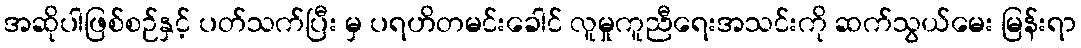
အဆိုပါဖြစ်စဉ်နှင့် ပတ်သက်ပြီး မှ ပရဟိတမင်းခေါင် လူမှုကူညီရေးအသင်းကို ဆက်သွယ်မေး မြန်းရာ